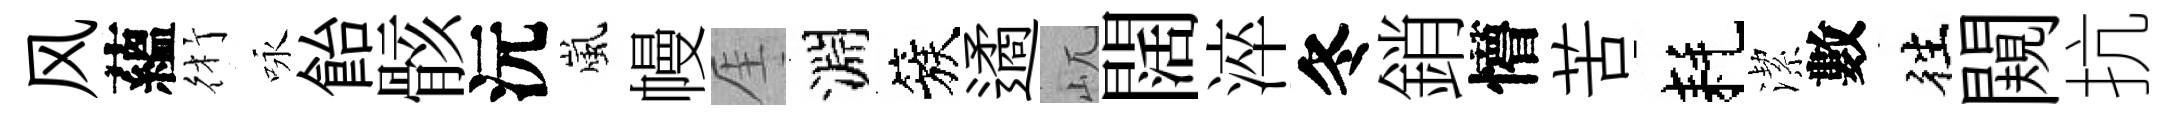
风蘊術咏飴骸沅嵐幔厓淵簇遹屼闊淬冬銷懵苦耗潔數徃闚抗